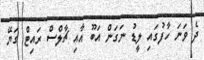
ދެ ވަނަ ހާފުގައި ލީޑު ނަގަން އަބޫ އާއި ޗާލްސް ރައިޓް ގަޔޭ